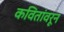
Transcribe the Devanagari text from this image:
कवितांवरून